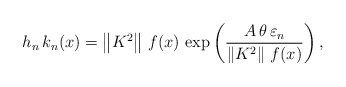
\begin{align*}h_{n}\,k_{n}(x)=\left\| K^{2}\right\| \,f(x)\,\exp \left( \frac{A\,\theta\,\varepsilon _{n}}{\left\| K^{2}\right\| \,f(x)}\right) , \end{align*}